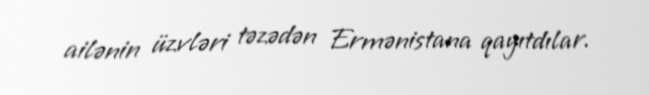
ailənin üzvləri təzədən Ermənistana qayıtdılar.